V__Kingissepa_nim__kolhoos, lk 28
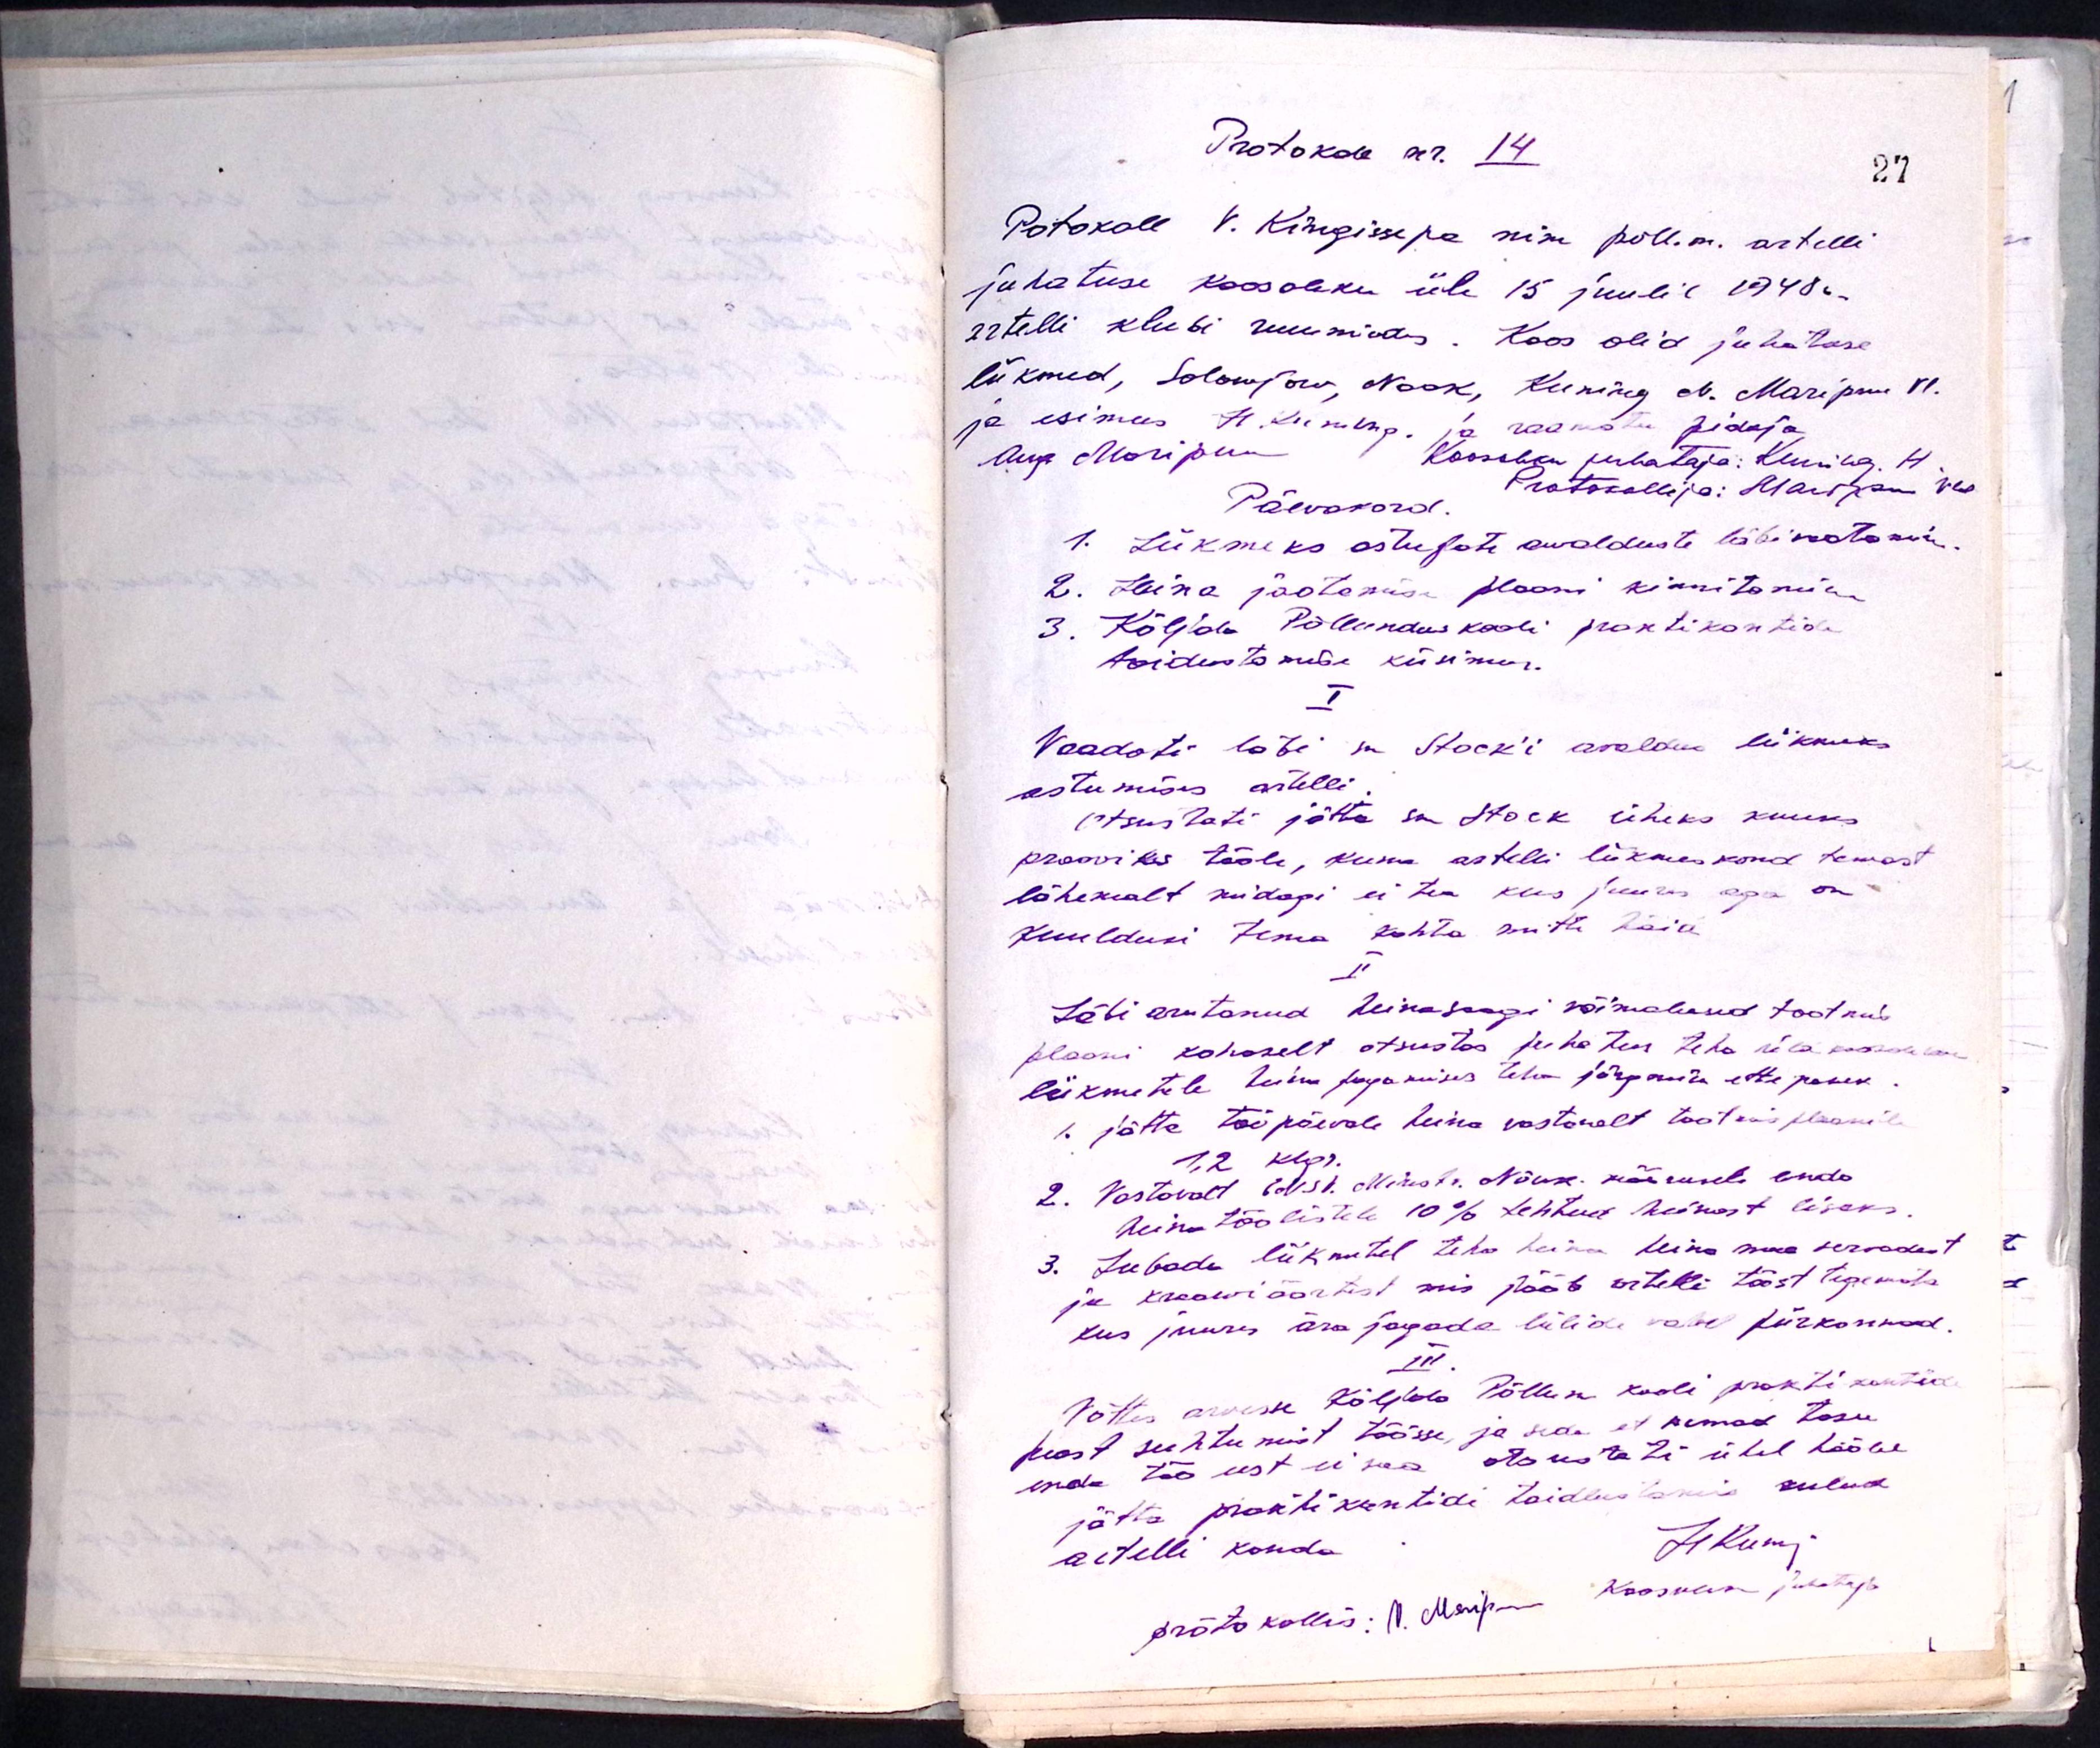
Protokoll nr. 14
Protokoll V. Kingissepa nim põll. m. artelli
juhatuse koosoleku üle 15 juulil 1948a.
artelli klubi ruumides. Koos olid juhatuse
liikmed, Solowjow, Naak, Kuning N. Maripuu Vl.
ja esimees H. Kuning, ja raamatupidaja
Aug Maripuu Koosolekujuhataja: Kuning H.
Protokollija: Maripuu Vld.
Päevakord.
1. Liikmeks astujate awalduste läbi vaatamine
2. Heina jaotamise plaani kinnitamine
3. Kõljala Põllunduskooli praktikantide
toidustamise küsimus.
I
Vaadati läbi sm Stock'i avaldus liikmeks
astumiseks artelli
Otsustati jätta sm Stock üheks kuuks
prooviks tööle, kuna artelli liikmeskond temast
lähemalt midagi ei tea kus juures aga on
kuuldusi tema kohta mitte häid
II
Läbi arutanud heinasaagi võimalused tootnud
plaani kohaselt otsustas juhatus teha üldkoosoleku
liikmetele heinu jagamises teha järgmine ettepanek
1. jätta tööpäevale heina vastavalt tootmisplaanile
1,2 klgr
2. Vastavalt ENSV. Ministr. Nõuk käsule anda
heina töölistele 10% tehtud heinast lisaks
3. Lubada liikmetel teha heina heina maa servadest
ja kraawiäärtest mis jääb artelli tööst tegemata
kus juures ära jagada lülide vahel piirkonnad
III
Võttes arvesse Kõljala Põllum kooli praktikantid
heast suhtumist töösse ja seda et nemad tasu
enda töö eest ei saa otsustati ühel hääle
jätta praktikantide toitlustamise kulud
artelli kanda
Jihum
Koosoleku juhataja
protokollis: II. Muip-